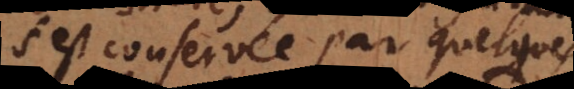
s’est conservée par quelques